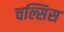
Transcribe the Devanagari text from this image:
चल्सिस